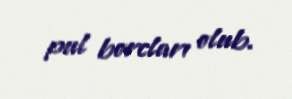
pul borcları olub.